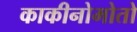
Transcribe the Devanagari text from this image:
काकीनोमोतो